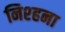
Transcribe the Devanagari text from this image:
निश्हना